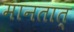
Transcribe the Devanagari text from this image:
मानतात्